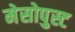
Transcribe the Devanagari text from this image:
मेसोपुस्ट